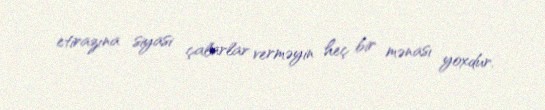
etirazına siyasi çalarlar verməyin heç bir mənası yoxdur.